Heimtali_vallavalitsus, lk 14
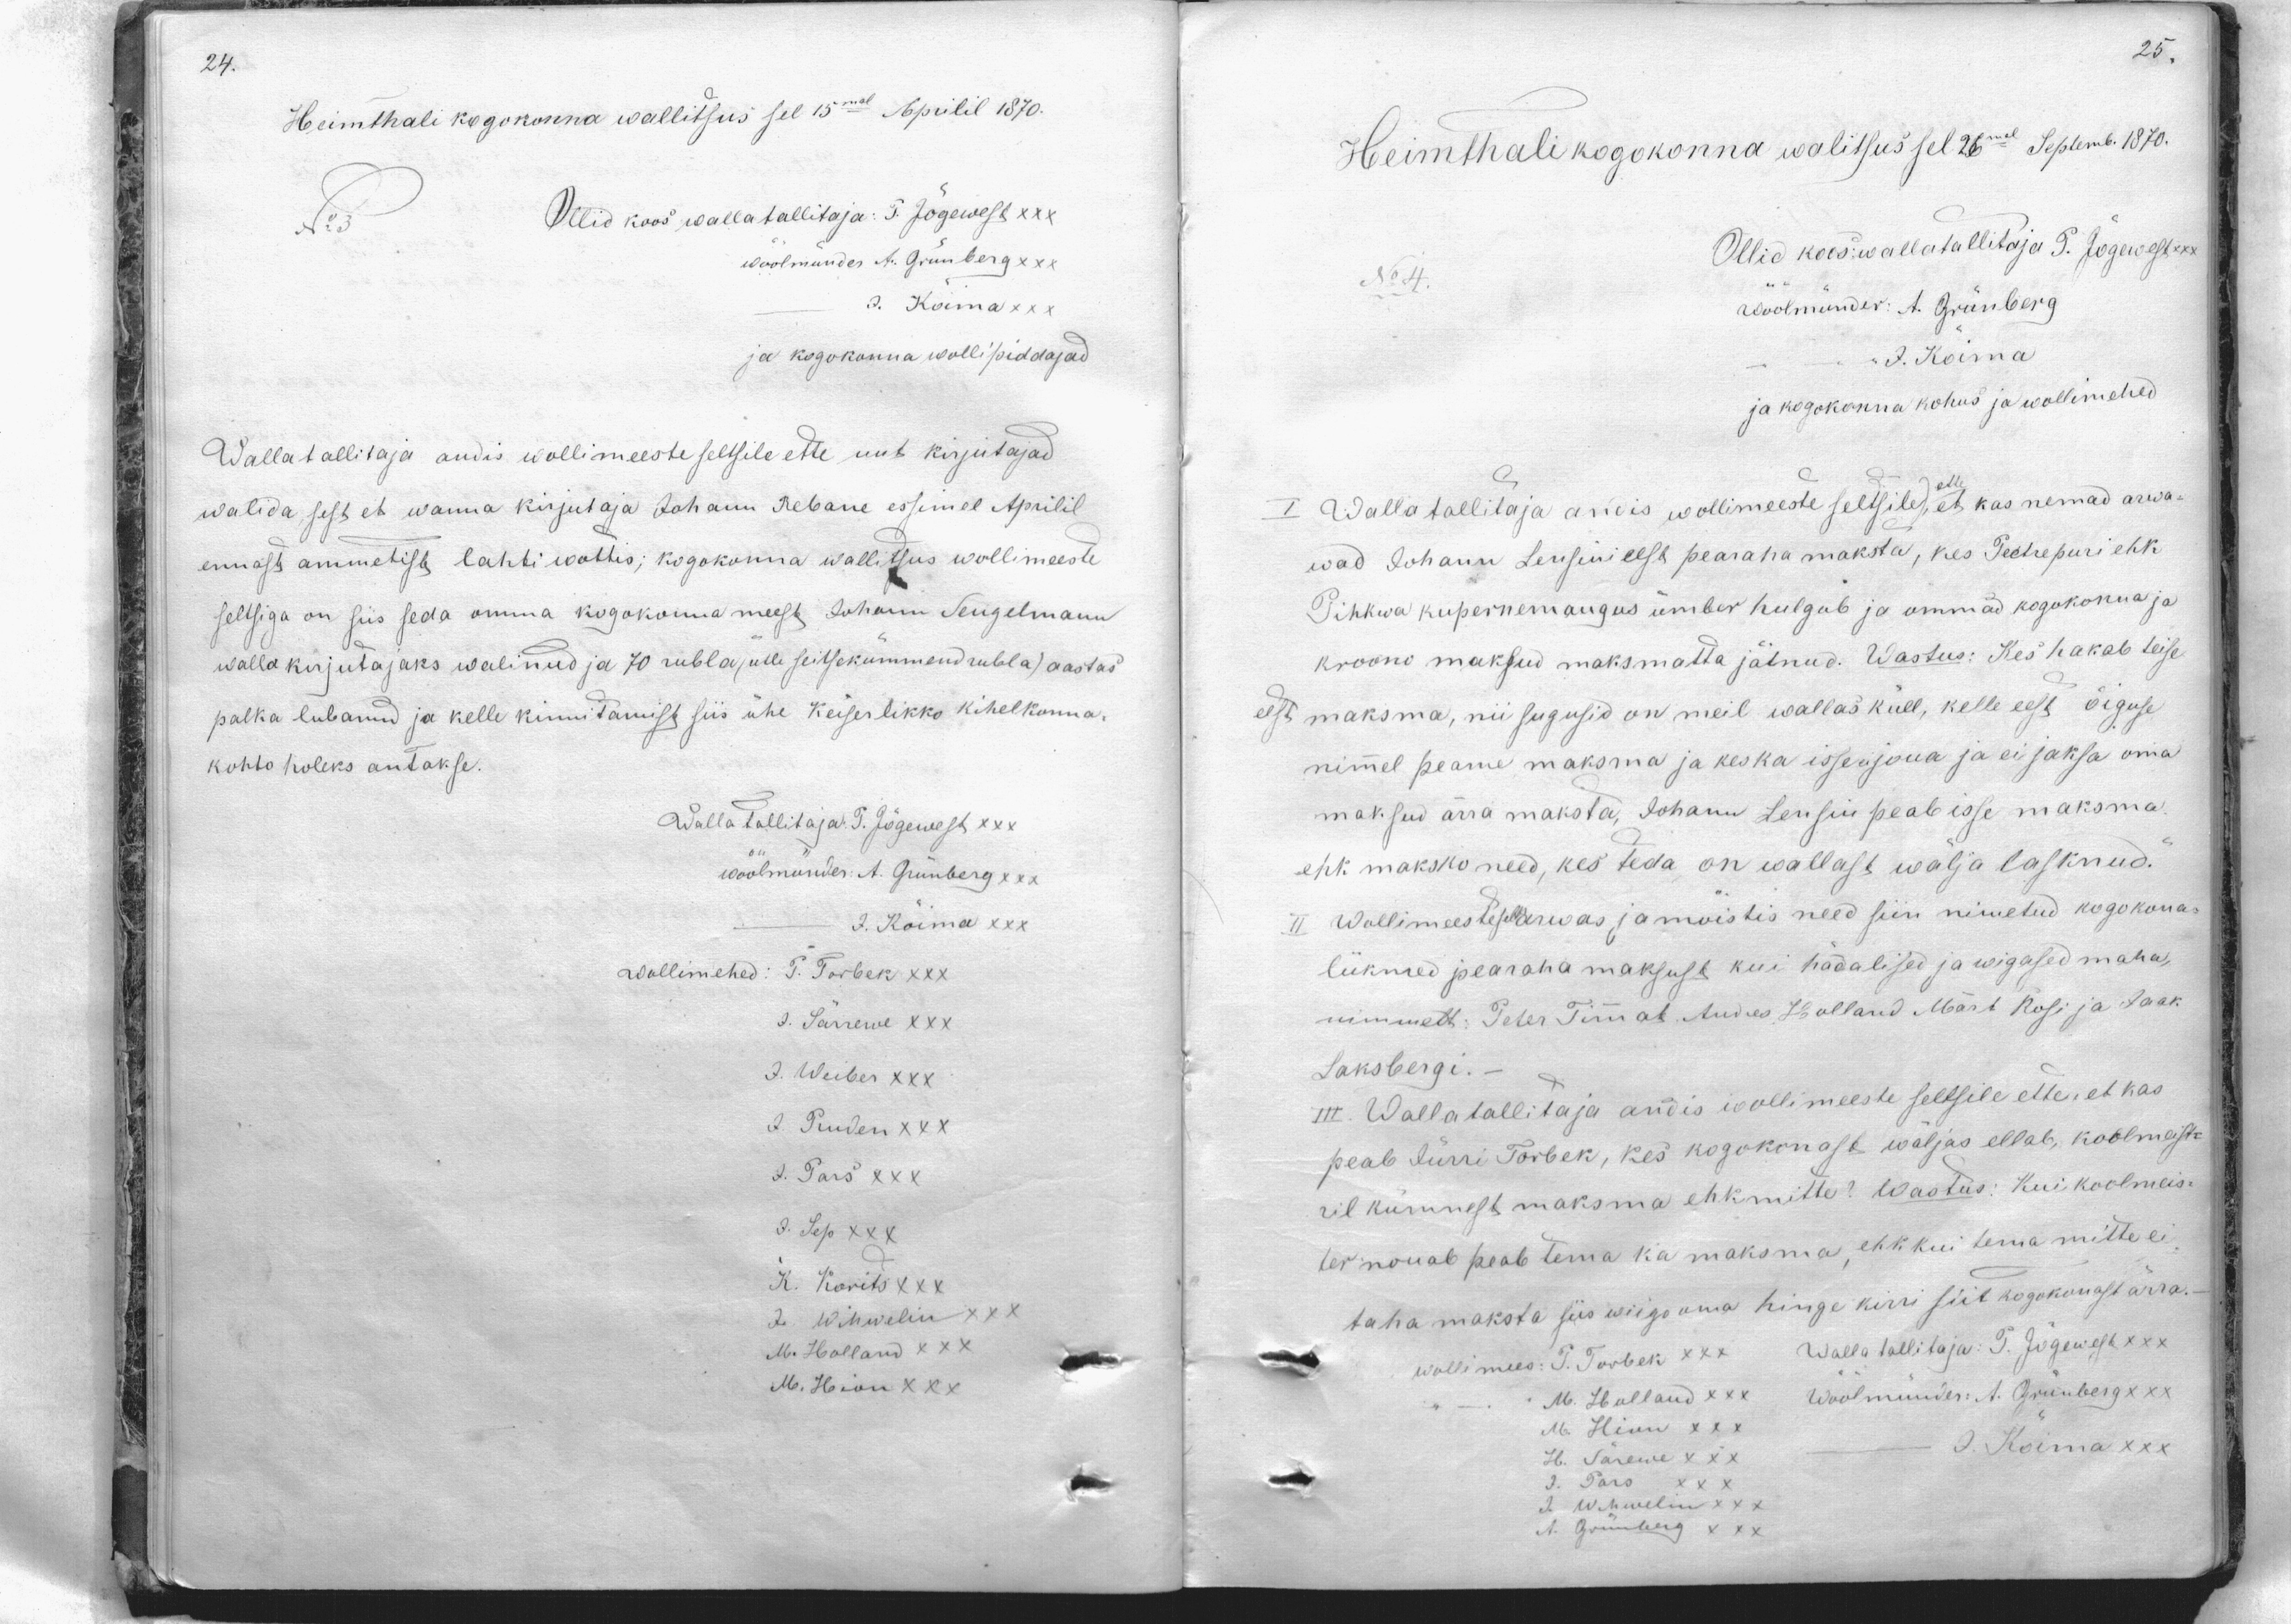
Heimthali kogokonna wallitsus sel 15mal Aprilil 1870.
No:3 Ollid koos wallatallitaja: P. Jõgewest xxx
wöölmünder A. Grünberg XXX
J. Kõima XXX
ja kogokonna wollipiddajad
Walla tallitaja andis wollimeeste seltsile ette uut kirjutajad
walida, sest et wanna kirjutaja Johann Rebane essimel Aprilil
ennast ammetist lahti wottis; kogokonna wallitsus wollimeeste
seltsiga on siis seda omma kogokonna meest Johann Seugelmann
walla kirjutajaks walinud ja 70 rubla (ütle seitsekümmend rubla) aastas
palka lubanud ja kelle kinnitamist, siis ühe Keiserlikko kihelkonna,
kohto holeks antakse.
Walla Tallitaja P. Jõgewest XXX
wöölmünder A. Grünberg XXX
J. Kõima XXX
adollimehed: T. Torbek XXX
J. Särrewe XXX
J. Weiber XXX
J. Puuden XXX
A. Parš XXX
J. Sep XXX
K. Korits XXX
H. Wihwelin XXX
M. Holland XXX
M. Hoion XXX

Heimthali kogokonna walitsus sel 26mal Septemb. 1870.
No 4. Ollid koos wallatallitaja P. Jõgewest
koolmünder: A. Grünberg
J. Kõima
ja kogokonna kohus ja wollimehed
I. Walla tallitaja andis wollimeeste seltsile ette, et kas nemad arwa-
wad Johann Lensini eest pearaha maksta, kes Peetrepuri ehk
Pihkwa kupernemangus ümber hulgub ja ommad kogokonna ja
krooni maksud maksmatta jätnud. Wastus: Kes hakab teise
est maksma, nii sugusid on meil wallas küll, kelle eest õiguse
nimel peame maksma ja kes ka isse ei joua ja ei jaksa oma
maksud ärra maksta, Johann Lensin peab isse maksma,
ehk maksko need, kes teda on wallast wälja lasknud.
II Wollimeeste sell arwas ja moistis need siin nimetud kogokona-
liikmed pearaha maksust kui hädalised ja wigased maha,
nimmelt: Peter Timal, Andres Holland Märt Rosi ja Jaak
Laksbergi.
III. Walla tallitaja andis wollimeeste seltsile ette, et kas
peab Jürri Torbek, kes kogokonnast wäljas ellab, koolmeiste
ril kümnest maksma ehkmitte? Wastus: Kui koolmeis-
ter nouab peab tema ka maksma, ehk kui tema mitte ei,
taha maksta siis wiige oma hinge kirri siit kogokonnast ärra.
wollimees: T. Torbek XXX Walla tallitaja: p. Jõgewega XXX
M. Holland XXX Wöölmünder: A. Grünberg xxx
M. Hion XXX
H. Särewe XXX - J. Koima XXX
J. Pars XXX
J. Wihwelin XXX
A. Grünberg XXX